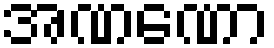
အဏဏော